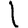
Digit: 1